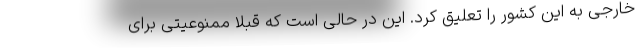
خارجی به این کشور را تعلیق کرد. این در حالی است که قبلا ممنوعیتی برای